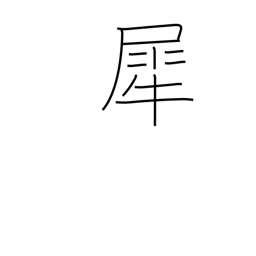
Meaning: rhinoceros